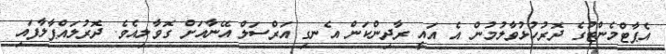
އެޕާޓްމެންޓުގެ ދޮރުހުޅުވާލުމުން އެ އައީ ރާދިންކަން އެނގި އަރްސަލް އޭނާއަށް ގޮވާލިއެވެ. ދޮރުލައްޕާލާފައި